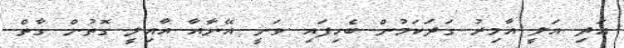
އަދި އަލީ އާމިރު ގަދަކަމުން ބެހިފައި ވަނީ އޭނާއާ އާއިލީ ގޮތުން ގާތް